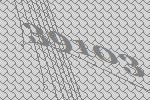
39103